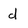
Character: d